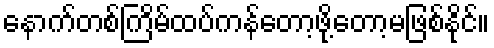
နောက်တစ်ကြိမ်ထပ်ကန်တော့ဖို့တော့မဖြစ်နိုင်။